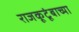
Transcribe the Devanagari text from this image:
राजकूटूंबाच्या